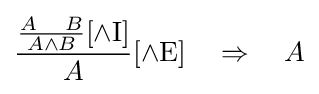
{\frac {{\frac {A\quad B}{A\land B}}[\land {\text{I}}]}{A}}[\land {\text{E}}]\quad \Rightarrow \quad A